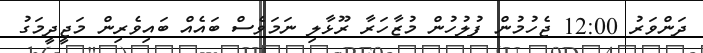
ދަންވަރު 12:00 ޖެހުމުން ފުލުހުން މުޒާހަރާ ރޫޅާލި ނަމަވެސް ބައެއް ބައިވެރިން މަޖީދީމަގު